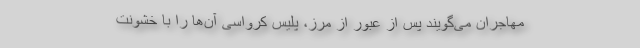
مهاجران می‌‌گویند پس از عبور از مرز، پلیس کرواسی آن‌ها را با خشونت